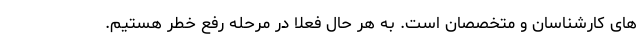
های کارشناسان و متخصصان است. به هر حال فعلا در مرحله رفع خطر هستیم.